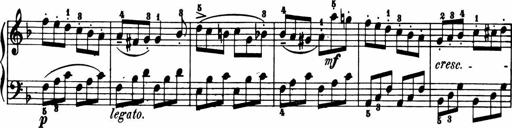
Title: 11 Sonatinas for Piano Solo
Composer: Anton Diabelli